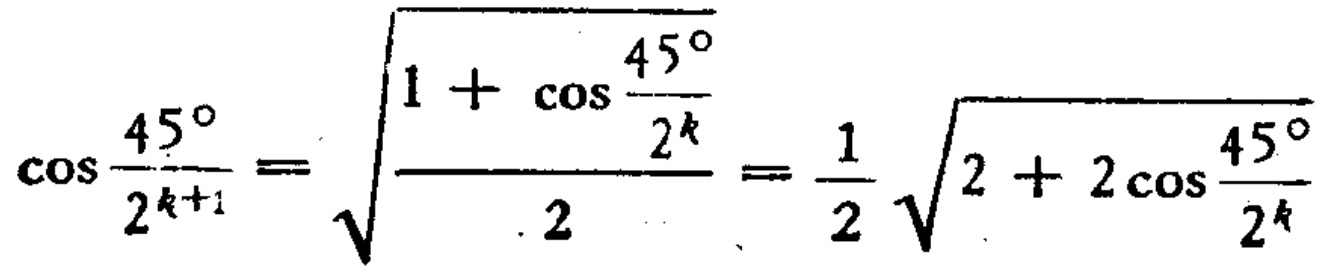
\(\cos\frac{45^{\circ}}{2^{k + 1}}=\sqrt{\frac{1+\cos\frac{45^{\circ}}{2^{k}}}{2}}=\frac{1}{2}\sqrt{2 + 2\cos\frac{45^{\circ}}{2^{k}}}\)